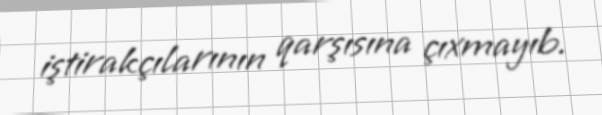
iştirakçılarının qarşısına çıxmayıb.